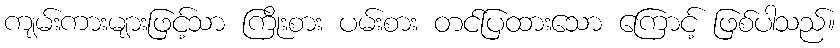
ကျမ်းကားများဖြင့်သာ ကြိုးစား ပမ်းစား တင်ပြထားသော ကြောင့် ဖြစ်ပါသည်။